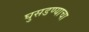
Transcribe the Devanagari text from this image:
घुसडण्याचा